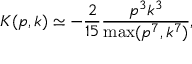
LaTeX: K ( p , k ) \simeq - \frac { 2 } { 1 5 } \frac { p ^ { 3 } k ^ { 3 } } { \operatorname * { m a x } ( p ^ { 7 } , k ^ { 7 } ) } ,